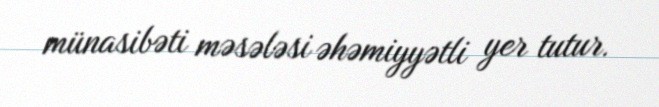
münasibəti məsələsi əhəmiyyətli yer tutur.